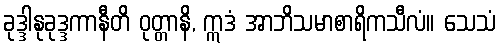
ခုဒ္ဒါနုခုဒ္ဒကာနီတိ ဝုတ္တာနိ, ဣဒံ အာဘိသမာစာရိကသီလံ။ သေသံ